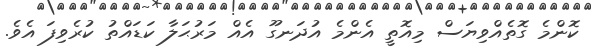
ކޮންމެ ގޮތެއްވިޔަސް މިއޮތީ އެންމެ އުދަނގޫ އެއް މަރުޙަލާ ކަޑައްތު ކުރެވިފަ އެވެ.